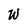
Character: W